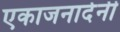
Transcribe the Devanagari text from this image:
एकाजनार्दनी